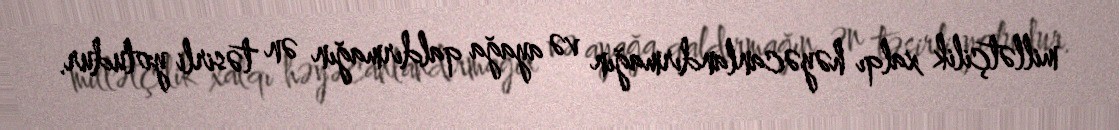
millətçilik xalqı həyəcanlandırmağın və ayağa qaldırmağın ən təsirli yoludur.